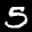
Label: 5